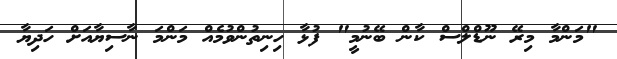
"މަންމާ މިރޭ ނޫޑްލްސް ކާން ބޭނުމީ" ފުޅާ ހިނިތުންވުމެއް މަންމަ ނާސިޔާއަށް ހަދިޔާ